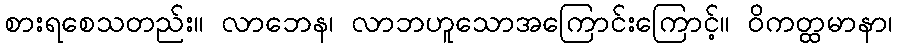
စားရစေသတည်း။ လာဘေန၊ လာဘဟူသောအကြောင်းကြောင့်။ ဝိကတ္ထမာနာ၊